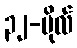
၃၂-ဗိုလ်